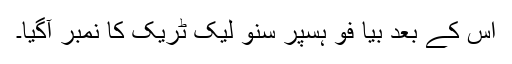
اس کے بعد بیا فو ہسپر سنو لیک ٹریک کا نمبر آگیا۔